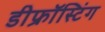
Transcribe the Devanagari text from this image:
डीफ्रॉस्टिंग